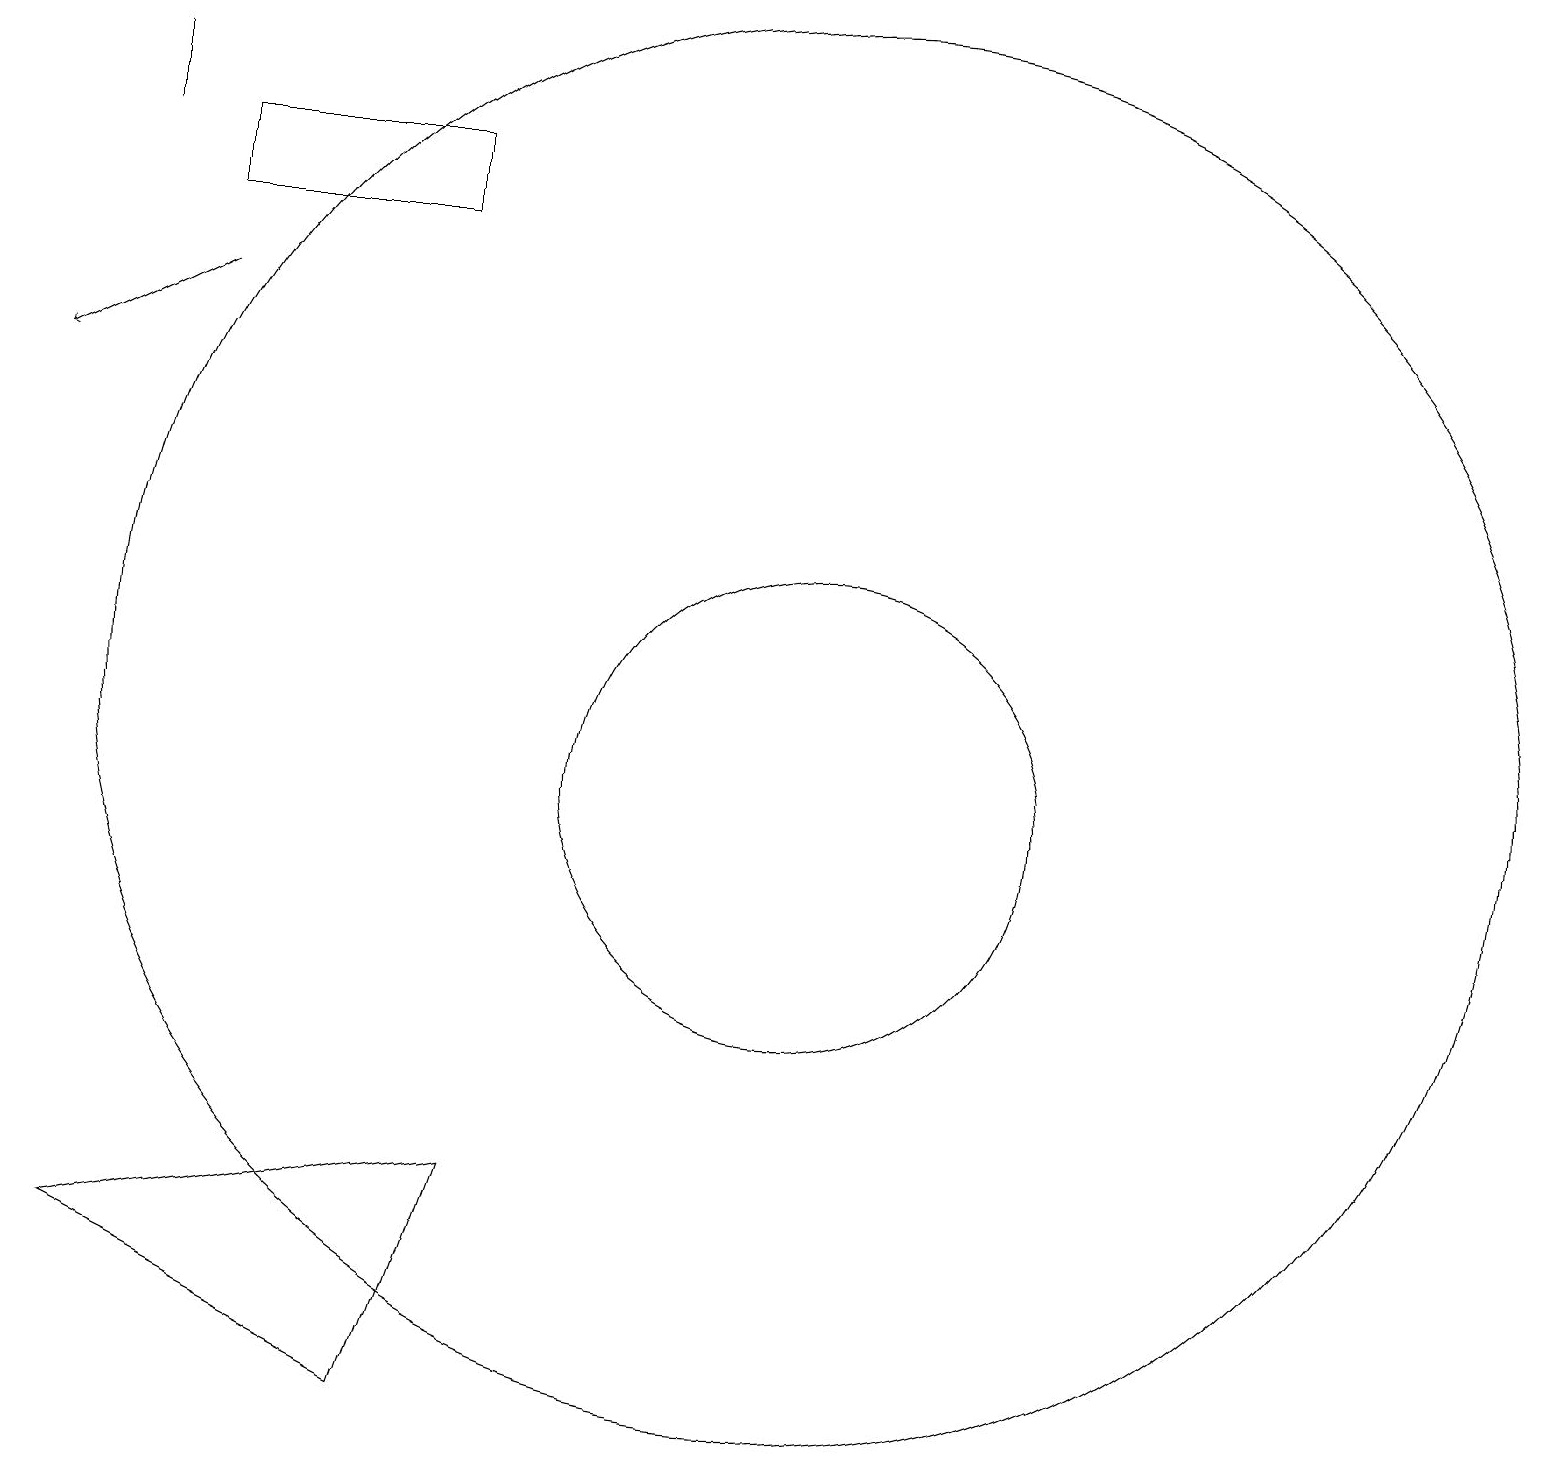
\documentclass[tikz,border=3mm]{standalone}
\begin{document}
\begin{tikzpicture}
\draw (5,2) -- (1,4) -- (6,5) -- cycle;
\draw (10,10) circle (3);
\draw (1,18) rectangle (1,19);
\draw[->] (2,16) -- (0,15);
\draw (10,11) circle (9);
\draw (5,18) rectangle (2,17);
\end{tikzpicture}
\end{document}